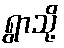
ရွာသို့